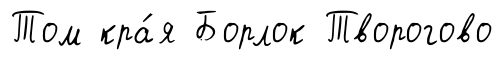
Том кра́я Борлок Творогово